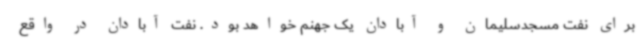
برای نفت مسجدسلیمان و آبادان یک جهنم خواهد بود. نفت آبادان در واقع